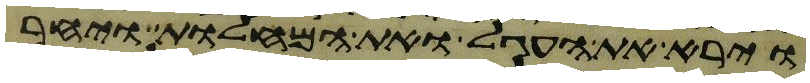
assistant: וירא את העגל ואת המחלות ויחר